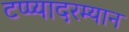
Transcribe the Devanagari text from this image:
टप्प्यादरम्यान